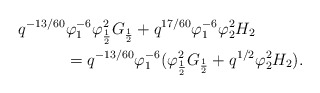
\begin{align*} q^{-13/60}&\varphi_1^{-6}\varphi_\frac{1}{2}^2G_\frac{1}{2}+q^{17/60}\varphi_1^{-6}\varphi_2^2H_2\\ &= q^{-13/60}\varphi_1^{-6}(\varphi_\frac{1}{2}^2G_\frac{1}{2}+q^{1/2}\varphi_2^2H_2).\end{align*}